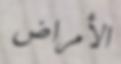
الأمراض